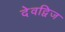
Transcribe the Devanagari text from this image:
देवद्विज